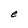
Character: e